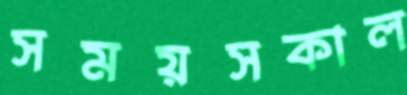
সময়সকাল